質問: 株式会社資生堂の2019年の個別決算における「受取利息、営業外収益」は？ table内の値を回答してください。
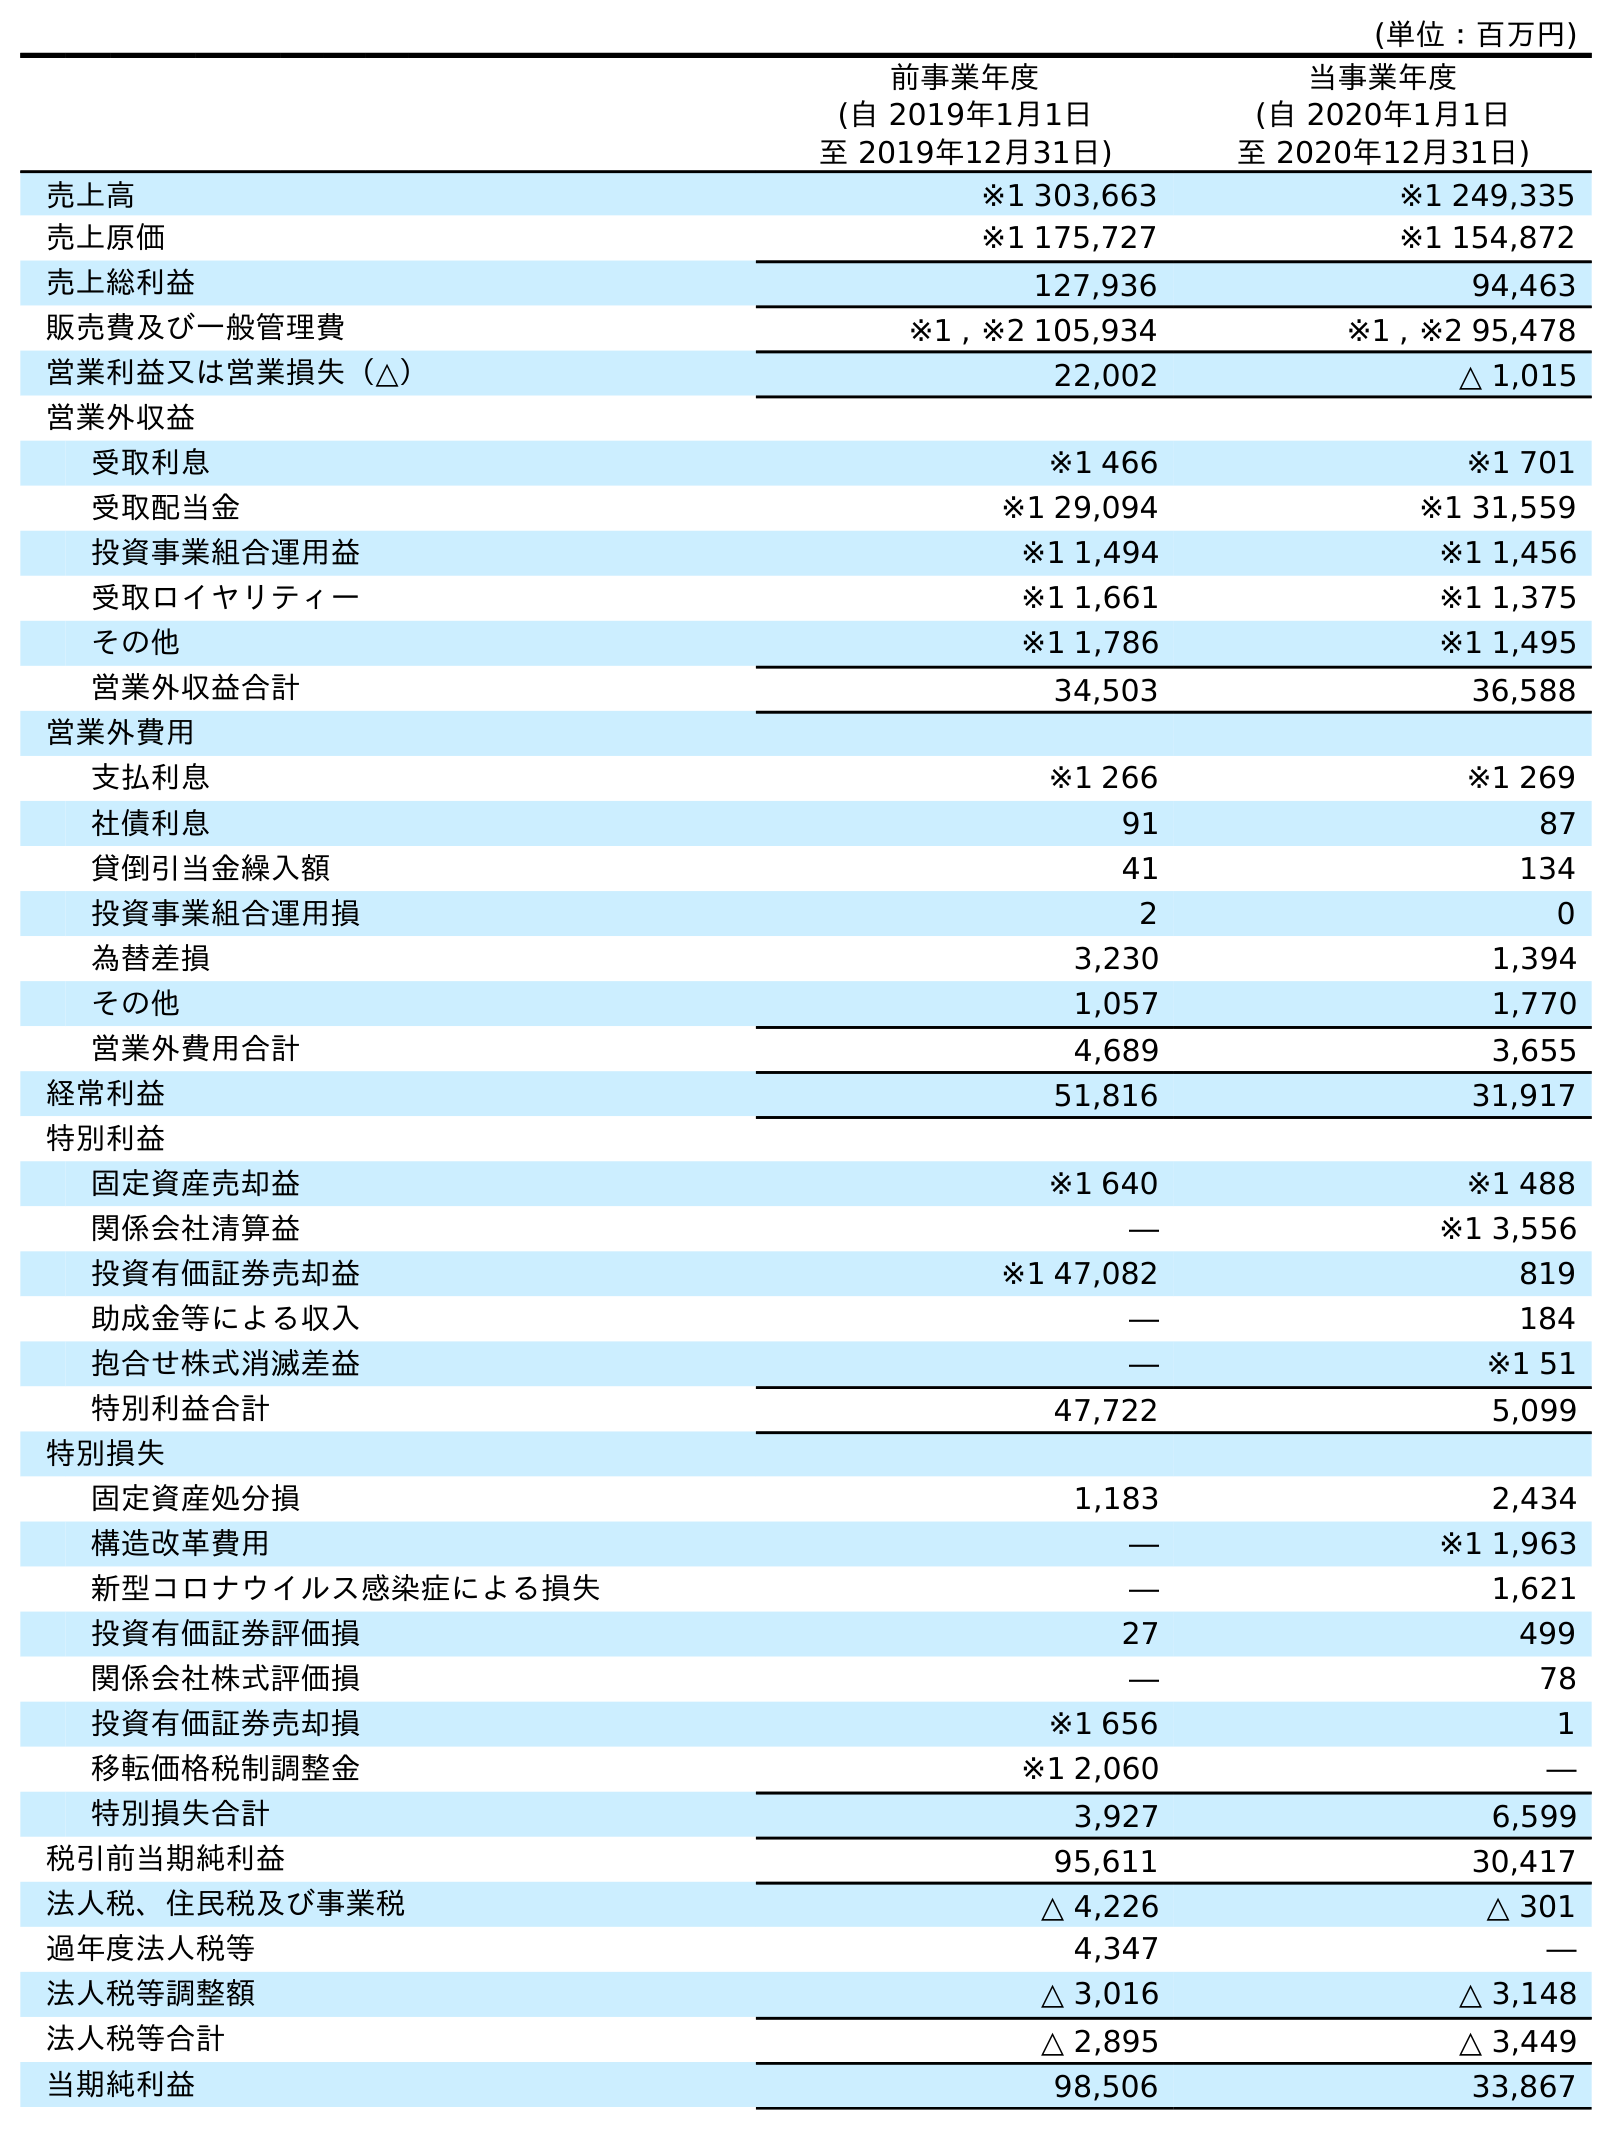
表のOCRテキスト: (単位：百万円) 前事業年度 (自 2019年1月1日 至 2019年12月31日) 当事業年度 (自 2020年1月1日 至 2020年12月31日) 売上高 ※1 303,663 ※1 249,335 売上原価 ※1 175,727 ※1 154,872 売上総利益 127,936 94,463 販売費及び一般管理費 ※1 , ※2 105,934 ※1 , ※2 95,478 営業利益又は営業損失（△） 22,002 △ 1,015 営業外収益 受取利息 ※1 466 ※1 701 受取配当金 ※1 29,094 ※1 31,559 投資事業組合運用益 ※1 1,494 ※1 1,456 受取ロイヤリティー ※1 1,661 ※1 1,375 その他 ※1 1,786 ※1 1,495 営業外収益合計 34,503 36,588 営業外費用 支払利息 ※1 266 ※1 269 社債利息 91 87 貸倒引当金繰入額 41 134 投資事業組合運用損 2 0 為替差損 3,230 1,394 その他 1,057 1,770 営業外費用合計 4,689 3,655 経常利益 51,816 31,917 特別利益 固定資産売却益 ※1 640 ※1 488 関係会社清算益 ― ※1 3,556 投資有価証券売却益 ※1 47,082 819 助成金等による収入 ― 184 抱合せ株式消滅差益 ― ※1 51 特別利益合計 47,722 5,099 特別損失 固定資産処分損 1,183 2,434 構造改革費用 ― ※1 1,963 新型コロナウイルス感染症による損失 ― 1,621 投資有価証券評価損 27 499 関係会社株式評価損 ― 78 投資有価証券売却損 ※1 656 1 移転価格税制調整金 ※1 2,060 ― 特別損失合計 3,927 6,599 税引前当期純利益 95,611 30,417 法人税、住民税及び事業税 △ 4,226 △ 301 過年度法人税等 4,347 ― 法人税等調整額 △ 3,016 △ 3,148 法人税等合計 △ 2,895 △ 3,449 当期純利益 98,506 33,867
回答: ※1466